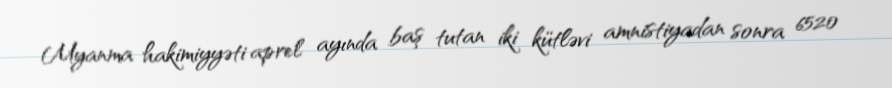
Myanma hakimiyyəti aprel ayında baş tutan iki kütləvi amnistiyadan sonra 6520